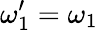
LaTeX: \omega_{1}^{\prime}=\omega_{1}